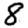
Digit: 8